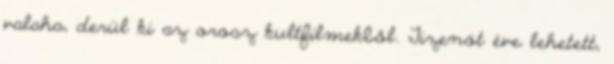
valaha, derül ki az orosz kultfilmekből. Tizenöt éve lehetett,